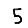
Digit: 5